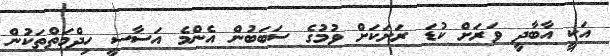
އަކީ އާބާދީ ވަރަށް ކުޑަ ރަށަކަށް ވުމުގެ ސަބަބުން އެންމެ އަސާސީ ހިދްމަތްތަކުން